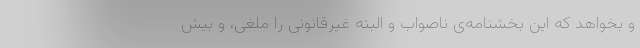
و بخواهد که این بخشنامه‌یِ ناصواب و البته غیرقانونی را ملغی، و بیش